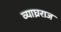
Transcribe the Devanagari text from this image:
व्याघ्रराज